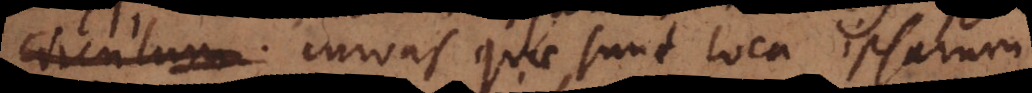
circulum. quae sunt loca ipsarum